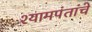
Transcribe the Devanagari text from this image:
श्यामपंतांचे